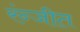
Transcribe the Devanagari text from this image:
रंन्जीत